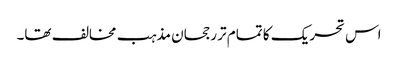
اس تحریک کا تمام تر رجحان مذہب مخالف تھا۔